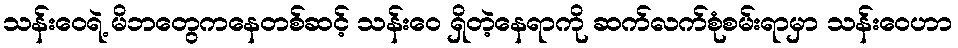
သန်းဝေရဲ့ မိဘတွေကနေတစ်ဆင့် သန်းဝေ ရှိတဲ့နေရာကို ဆက်လက်စုံစမ်းရာမှာ သန်းဝေဟာ